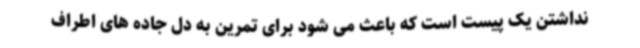
نداشتن یک پیست است که باعث می شود برای تمرین به دل جاده های اطراف